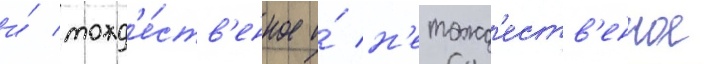
и́ тожд'е́ств'енное и́ н'етожд'еств'енное